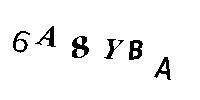
6A8YBA